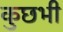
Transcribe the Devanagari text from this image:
कुछभी